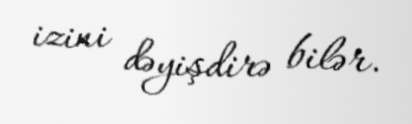
izini dəyişdirə bilər.